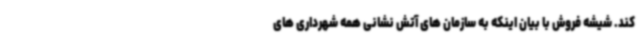
کند. شیشه فروش با بیان اینکه به سازمان های آتش نشانی همه شهرداری های